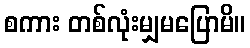
စကား တစ်လုံးမျှမပြောမိ။